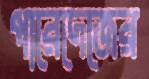
পারেদেজের